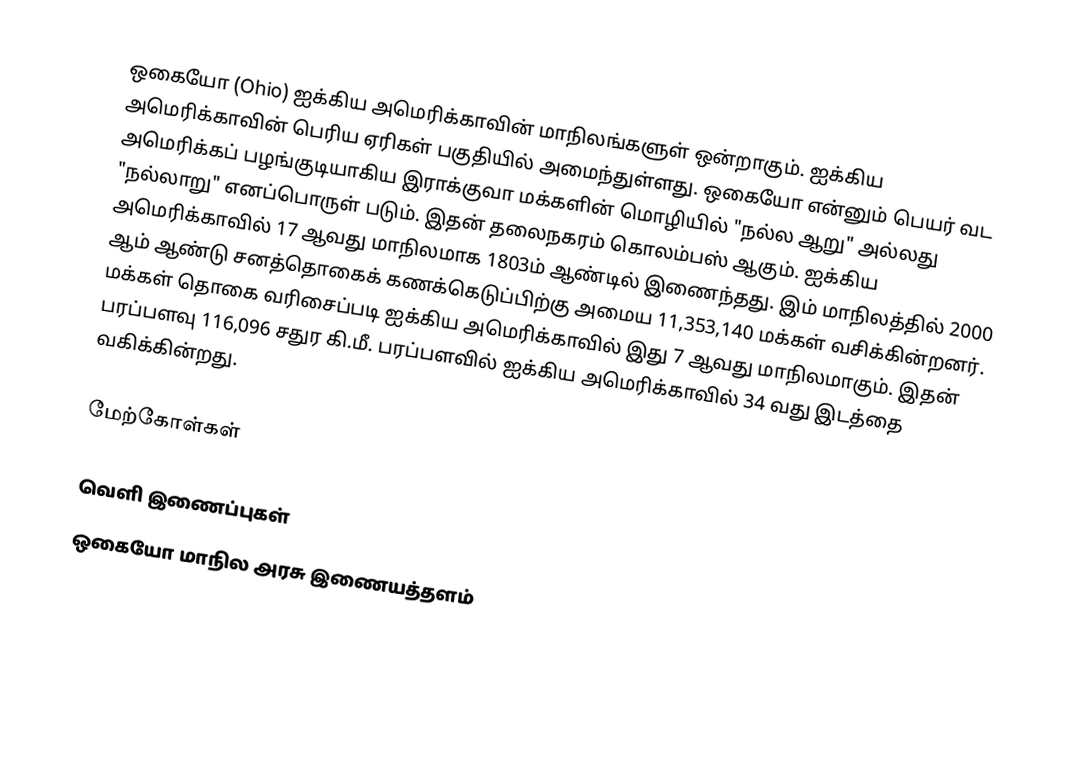
ஒகையோ (Ohio) ஐக்கிய அமெரிக்காவின் மாநிலங்களுள் ஒன்றாகும். ஐக்கிய அமெரிக்காவின் பெரிய ஏரிகள் பகுதியில் அமைந்துள்ளது. ஒகையோ என்னும் பெயர் வட அமெரிக்கப் பழங்குடியாகிய இராக்குவா மக்களின் மொழியில் "நல்ல ஆறு" அல்லது "நல்லாறு" எனப்பொருள் படும். இதன் தலைநகரம் கொலம்பஸ் ஆகும். ஐக்கிய அமெரிக்காவில் 17 ஆவது மாநிலமாக 1803ம் ஆண்டில் இணைந்தது. இம் மாநிலத்தில் 2000 ஆம் ஆண்டு சனத்தொகைக் கணக்கெடுப்பிற்கு அமைய 11,353,140 மக்கள் வசிக்கின்றனர். மக்கள் தொகை வரிசைப்படி ஐக்கிய அமெரிக்காவில் இது  7 ஆவது மாநிலமாகும். இதன் பரப்பளவு 116,096 சதுர கி.மீ. பரப்பளவில் ஐக்கிய அமெரிக்காவில் 34 வது இடத்தை வகிக்கின்றது.

மேற்கோள்கள்

வெளி இணைப்புகள்
 ஒகையோ மாநில அரசு இணையத்தளம்